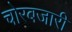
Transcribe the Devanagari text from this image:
चोरबजारी